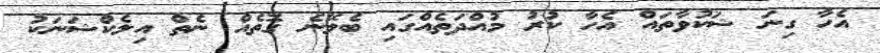
އެހާ ގިނަ ޝަކުވާތައް އެހާ ކުރު މުއްދަތެއްގައި ބެލޭނެ ގޮތެއް ނެތް އިލެކްޝަނަކު